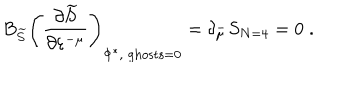
B _ { \widetilde { S } } \left( \frac { \partial \widetilde { S } } { \partial \varepsilon ^ { - \mu } } \right) _ { \Phi ^ { * } , \; \mathrm { g h o s t s } = 0 } = \delta _ { \mu } ^ { - } S _ { N = 4 } = 0 \; .